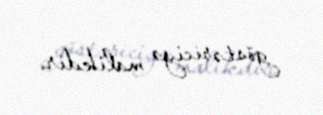
göstəriciyə malikdir.